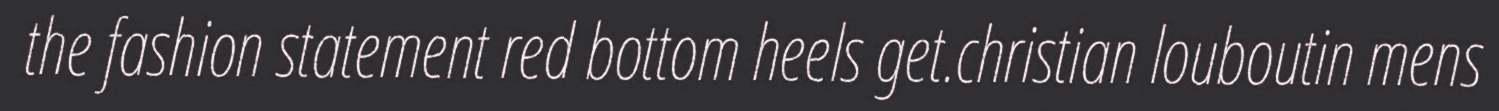
the fashion statement red bottom heels get.christian louboutin mens